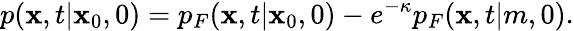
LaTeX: p(\mathbf{x},t|\mathbf{x}_{0},0)=p_{F}(\mathbf{x},t|\mathbf{x}_{0},0)-e^{-\kappa}p_{F}(\mathbf{x},t|m,0).